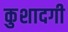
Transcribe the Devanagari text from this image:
कुशादगी